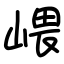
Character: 㟪